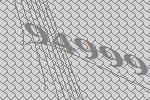
94999